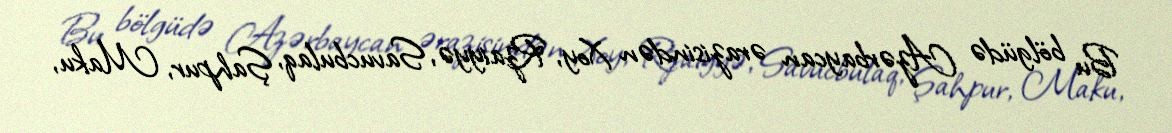
Bu bölgüdə Azərbaycan ərazisindən Xoy, Rzaiyyə, Savucbulaq, Şahpur, Maku,